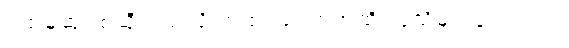
ပထမဆုံး စဆိုတယ်လို့ အထင်ခံရတဲ့အထိ လူသိများခဲ့ပါတယ်။